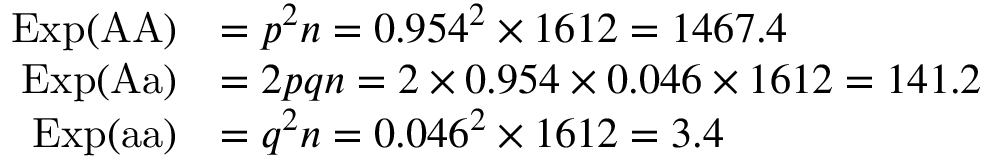
{ \begin{array} { r l } { \mathrm { E x p } ( { \mathrm { A A } } ) } & { = p ^ { 2 } n = 0 . 9 5 4 ^ { 2 } \times 1 6 1 2 = 1 4 6 7 . 4 } \\ { \mathrm { E x p } ( { \mathrm { A a } } ) } & { = 2 p q n = 2 \times 0 . 9 5 4 \times 0 . 0 4 6 \times 1 6 1 2 = 1 4 1 . 2 } \\ { \mathrm { E x p } ( { \mathrm { a a } } ) } & { = q ^ { 2 } n = 0 . 0 4 6 ^ { 2 } \times 1 6 1 2 = 3 . 4 } \end{array} }